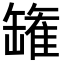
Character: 𮉸